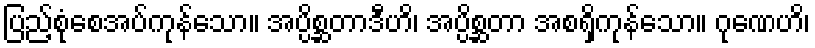
ပြည့်စုံစေအပ်ကုန်သော။ အပ္ပိစ္ဆတာဒီဟိ၊ အပ္ပိစ္ဆတာ အစရှိကုန်သော။ ဂုဏေဟိ၊